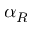
\alpha _ { R }